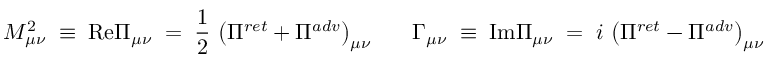
{ \cal M } _ { \mu \nu } ^ { 2 } \; \equiv \; \mathrm { R e } { \Pi } _ { \mu \nu } \; = \; \frac { 1 } { 2 } \, \left( { \Pi } ^ { r e t } + { \Pi } ^ { a d v } \right) _ { \mu \nu } \; \; \; \; \; \; \Gamma _ { \mu \nu } \; \equiv \; \mathrm { I m } { \Pi } _ { \mu \nu } \; = \; i \, \left( { \Pi } ^ { r e t } - { \Pi } ^ { a d v } \right) _ { \mu \nu }